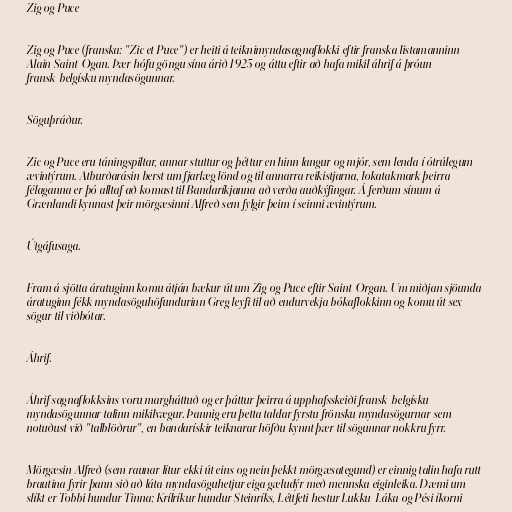
Zig og Puce

Zig og Puce (franska: "Zic et Puce") er heiti á teiknimyndasagnaflokki eftir franska listamanninn
Alain Saint-Ogan. Þær hófu göngu sína árið 1925 og áttu eftir að hafa mikil áhrif á þróun
fransk-belgísku myndasögunnar.

Söguþráður.

Zic og Puce eru táningspiltar, annar stuttur og þéttur en hinn langur og mjór, sem lenda í ótrúlegum
ævintýrum. Atburðarásin berst um fjarlæg lönd og til annarra reikistjarna, lokatakmark þeirra
félaganna er þó alltaf að komast til Bandaríkjanna að verða auðkýfingar. Á ferðum sínum á
Grænlandi kynnast þeir mörgæsinni Alfreð sem fylgir þeim í seinni ævintýrum.

Útgáfusaga.

Fram á sjötta áratuginn komu átján bækur út um Zig og Puce eftir Saint-Organ. Um miðjan sjöunda
áratuginn fékk myndasöguhöfundurinn Greg leyfi til að endurvekja bókaflokkinn og komu út sex
sögur til viðbótar.

Áhrif.

Áhrif sagnaflokksins voru margháttuð og er þáttur þeirra á upphafsskeiði fransk-belgísku
myndasögunnar talinn mikilvægur. Þannig eru þetta taldar fyrstu frönsku myndasögurnar sem
notuðust við "talblöðrur", en bandarískir teiknarar höfðu kynnt þær til sögunnar nokkru fyrr.

Mörgæsin Alfreð (sem raunar lítur ekki út eins og nein þekkt mörgæsategund) er einnig talin hafa rutt
brautina fyrir þann sið að láta myndasöguhetjur eiga gæludýr með mennska eiginleika. Dæmi um
slíkt er Tobbi hundur Tinna; Krílríkur hundur Steinríks, Léttfeti hestur Lukku-Láka og Pési íkorni